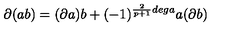
\partial ( a b ) = ( \partial a ) b + ( - 1 ) ^ { \frac { 2 } { p + 1 } d e g a } a ( \partial b )